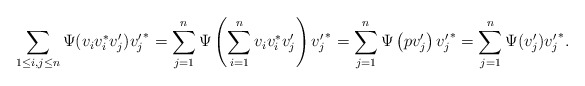
\begin{align*}\sum_{1\leq i, j\leq n} \Psi(v_iv_i^*v'_j){v'_j}^*= \sum_{j=1}^n \Psi\left(\sum_{i=1}^n v_iv_i^*v'_j\right){v'_j}^*= \sum_{j=1}^n \Psi\left(pv'_j\right){v'_j}^*= \sum_{j=1}^n \Psi(v'_j){v'_j}^*.\end{align*}